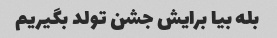
بله بیا برایش جشن تولد بگیریم